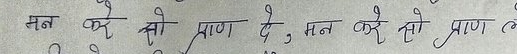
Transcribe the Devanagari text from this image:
मन करे तो प्राण दे, मन करे तो प्राण ले